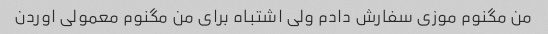
من مگنوم موزی سفارش دادم ولی اشتباه برای من مگنوم معمولی اوردن